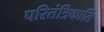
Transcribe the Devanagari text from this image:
परितंत्रिकार्ति